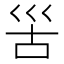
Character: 𡿵